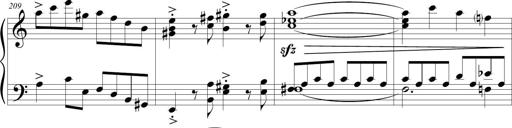
Title: Sonatina (Piano Sonata No.9)
Composer: Richard St. Clair